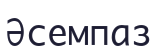
Әсемпаз